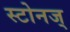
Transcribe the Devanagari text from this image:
स्टोनज्